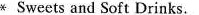
* Sweets and Soft Drinks.